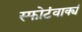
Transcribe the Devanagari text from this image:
स्फोटंवाक्यं